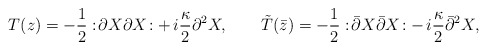
\begin{align*}T(z) = -\frac{1}{2} :\! \partial X \partial X \! : +\,i\frac{\kappa}{2} \partial^2 X, \qquad\tilde T(\bar z) = -\frac{1}{2} :\! \bar\partial X\bar\partial X \! : -\, i\frac{\kappa}{2} \bar\partial^2 X,\end{align*}